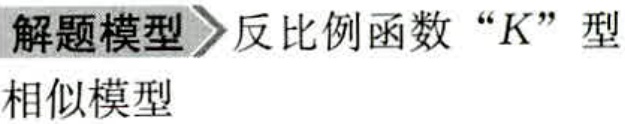
解题模型 反比例函数“K”型
相似模型